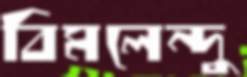
বিমলেন্দু